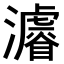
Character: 𤃒